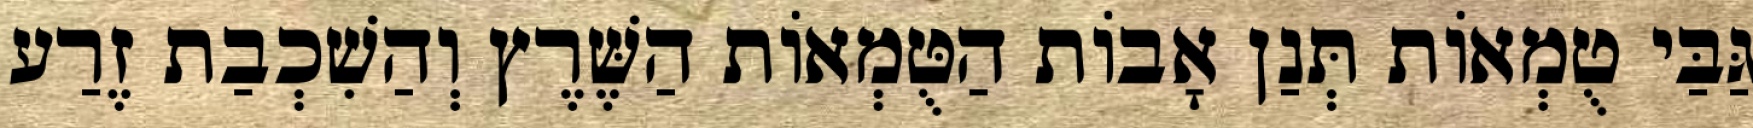
גַּבַּי טֻמְאוֹת תְּנַן אָבוֹת הַטֻּמְאוֹת הַשֶּׁרֶץ וְהַשִׁכְבַת זֶרַע